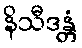
နိသီဒန္တံ